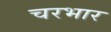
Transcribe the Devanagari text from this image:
चरभार